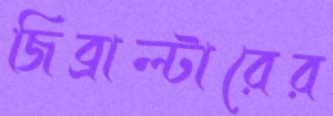
জিব্রাল্টারের